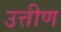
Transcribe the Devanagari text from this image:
उत्तीण